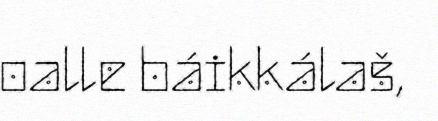
oalle báikkálaš,